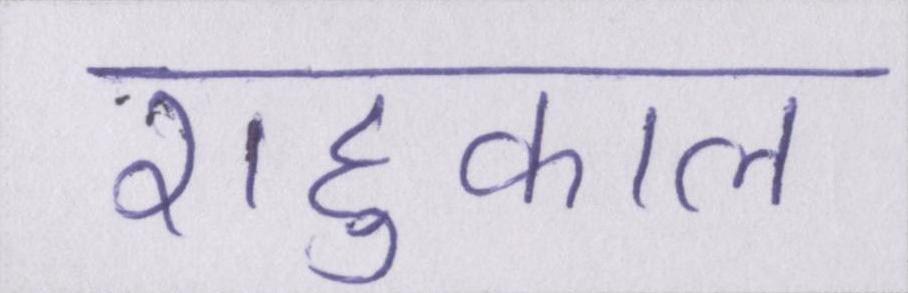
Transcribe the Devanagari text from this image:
राहुकाल